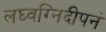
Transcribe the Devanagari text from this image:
लघ्वग्निदीपनं